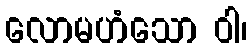
လောမဟံသော ဝါ၊